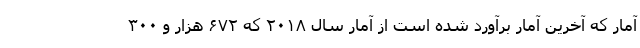
آمار که آخرین آمار برآورد شده است از آمار سال ۲۰۱۸ که ۶۷۲ هزار و ۳۰۰